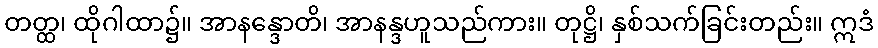
တတ္ထ၊ ထိုဂါထာ၌။ အာနန္ဒောတိ၊ အာနန္ဒဟူသည်ကား။ တုဋ္ဌိ၊ နှစ်သက်ခြင်းတည်း။ ဣဒံ